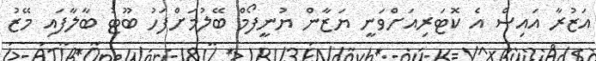
އަޒުރާ އައިސް އެ ކޮޓަރިއަށްވަނީ ޔަޒާން ޔުނީފޯމް ބޭލުމަށްފަހު ބޫޓު ބާލާފައި މޭޒު